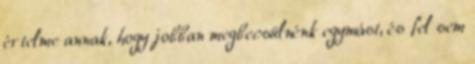
értelme annak, hogy jobban megbecsülnénk egymást, és fel sem